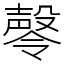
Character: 㲆